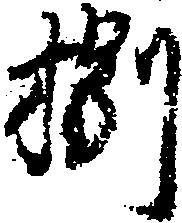
捌